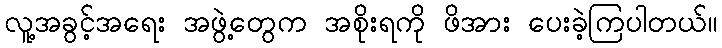
လူ့အခွင့်အရေး အဖွဲ့တွေက အစိုးရကို ဖိအား ပေးခဲ့ကြပါတယ်။